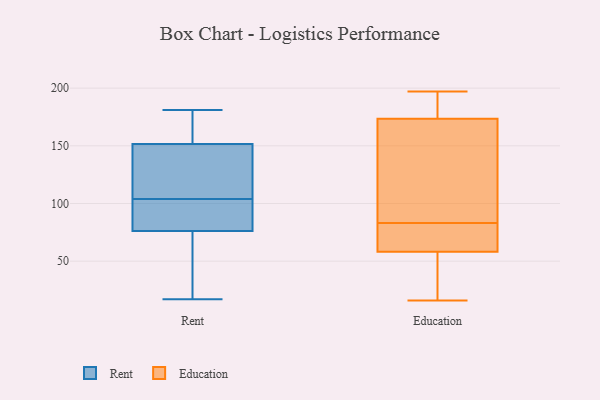
{"axis": {"x": "Website Visitors", "y": "Value"}, "legend": ["Education", "Rent"], "data": [{"x": "", "y": 104, "type": "Rent"}, {"x": "", "y": 99, "type": "Rent"}, {"x": "", "y": 103, "type": "Rent"}, {"x": "", "y": 140, "type": "Rent"}, {"x": "", "y": 17, "type": "Rent"}, {"x": "", "y": 53, "type": "Rent"}, {"x": "", "y": 165, "type": "Rent"}, {"x": "", "y": 177, "type": "Rent"}, {"x": "", "y": 38, "type": "Rent"}, {"x": "", "y": 84, "type": "Rent"}, {"x": "", "y": 128, "type": "Rent"}, {"x": "", "y": 147, "type": "Rent"}, {"x": "", "y": 181, "type": "Rent"}, {"x": "", "y": 183, "type": "Education"}, {"x": "", "y": 197, "type": "Education"}, {"x": "", "y": 16, "type": "Education"}, {"x": "", "y": 105, "type": "Education"}, {"x": "", "y": 163, "type": "Education"}, {"x": "", "y": 55, "type": "Education"}, {"x": "", "y": 177, "type": "Education"}, {"x": "", "y": 68, "type": "Education"}, {"x": "", "y": 182, "type": "Education"}, {"x": "", "y": 150, "type": "Education"}, {"x": "", "y": 36, "type": "Education"}, {"x": "", "y": 78, "type": "Education"}, {"x": "", "y": 183, "type": "Education"}, {"x": "", "y": 158, "type": "Education"}, {"x": "", "y": 50, "type": "Education"}, {"x": "", "y": 75, "type": "Education"}, {"x": "", "y": 72, "type": "Education"}, {"x": "", "y": 42, "type": "Education"}, {"x": "", "y": 83, "type": "Education"}]}